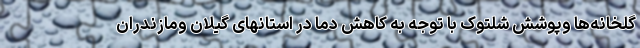
گلخانه‌ها وپوشش شلتوک با توجه به کاهش دما در استانهای گیلان ومازندران